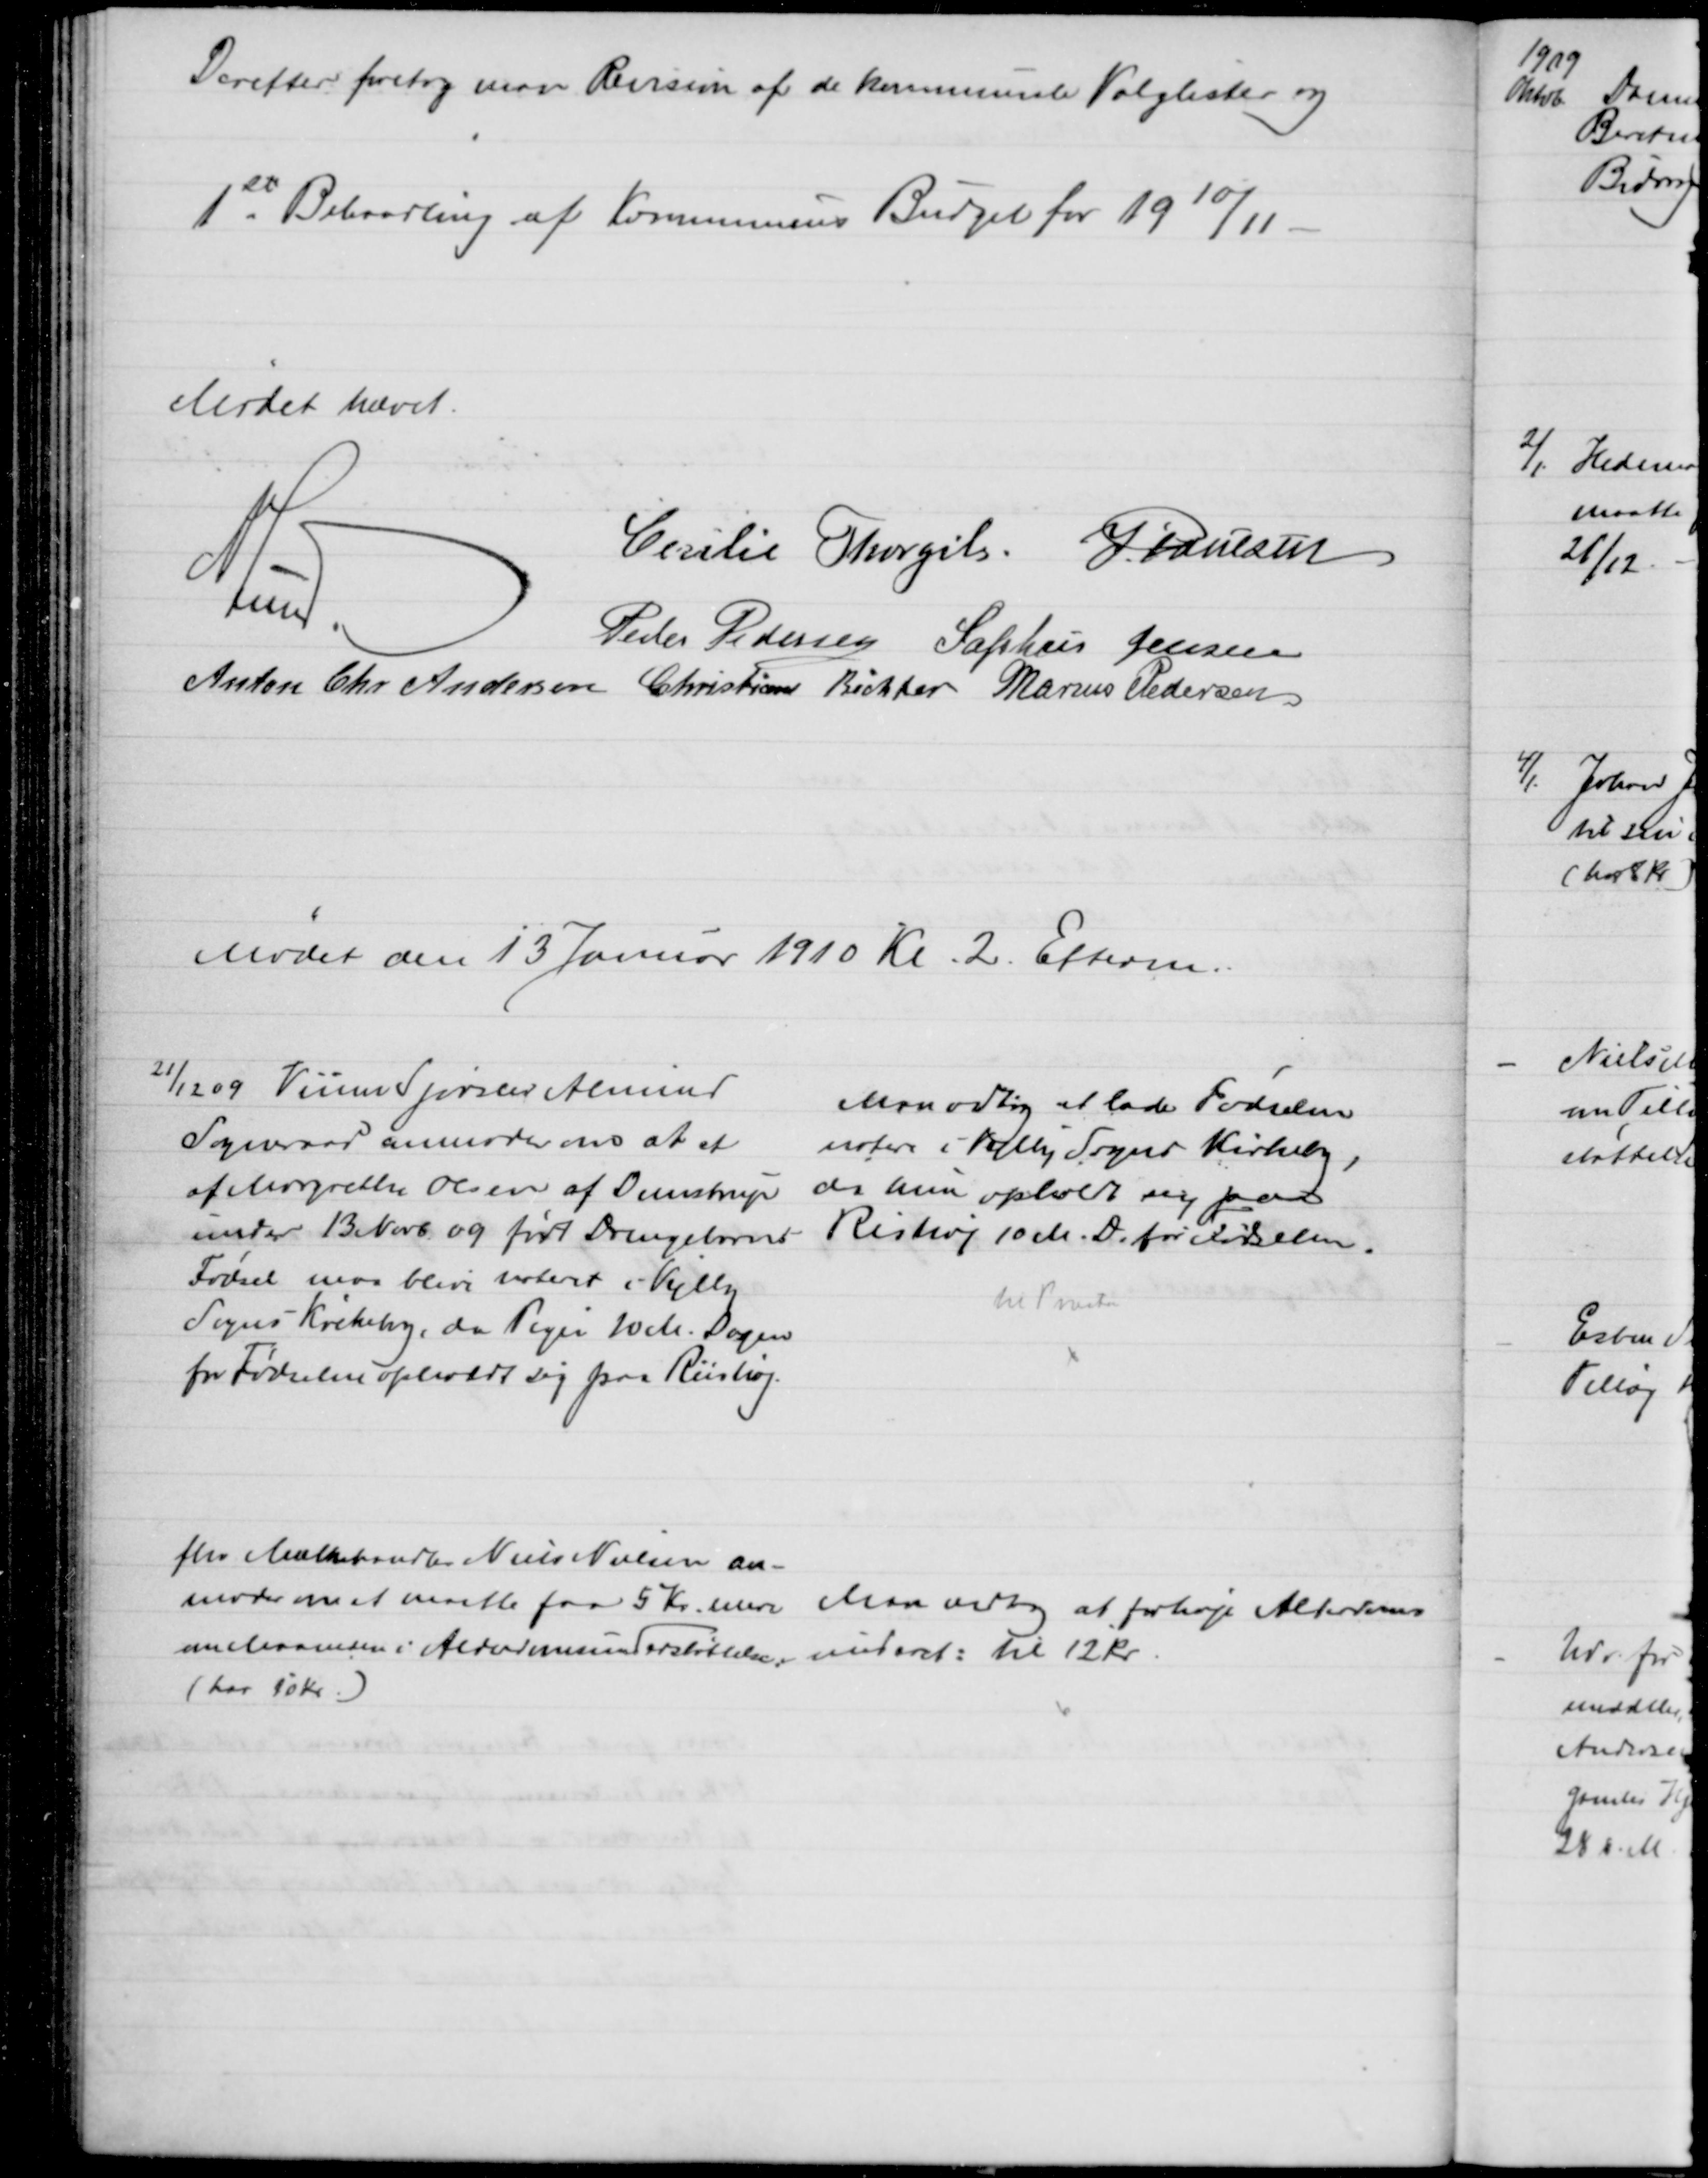
Transskription:
Derefter foretog man Revision af de kommunale Valglister og
1st Behandling af Kommunens Budget for 1910/11
Mødet hævet.
Cecilie Thorgils. J. Poulsen
A. Lund.
Peder Pedersen Sophus Jensen
Anton Chr Andersen Christian Richter Marius Pedersen
Mødet den 13 Januar 1910 Kl. 2. Efterm.
21/12 09 Vium Sjørslev Almind
Sogneraad anmoder om at et
af Margrethe Olsen af Demstrup
under 13 Novb 09 født Drengebarns
Fødsel maa blive noteret i Vejlby
Sogns Kirkebog, da Pigen 10 M. Dagen
for Fødselen opholdt sig paa Riishøj.
Man vedtog at lade Fødselen
notere i Vejlby Sogns Kirkebog,
da hun opholdt sig paa
Rishøj 10 M. D. for Fødselen.
til Præsten
fhv Mælkehandler Niels Nielsen an-
moder om at maatte faa 5 Kr. mere 
om Maaneden i Alderdomsunderstøttelse.
(har 10 Kr.)
Man vedtog at forhøje Alderdoms
underst: til 12 Kr